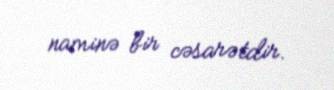
naminə bir cəsarətdir.